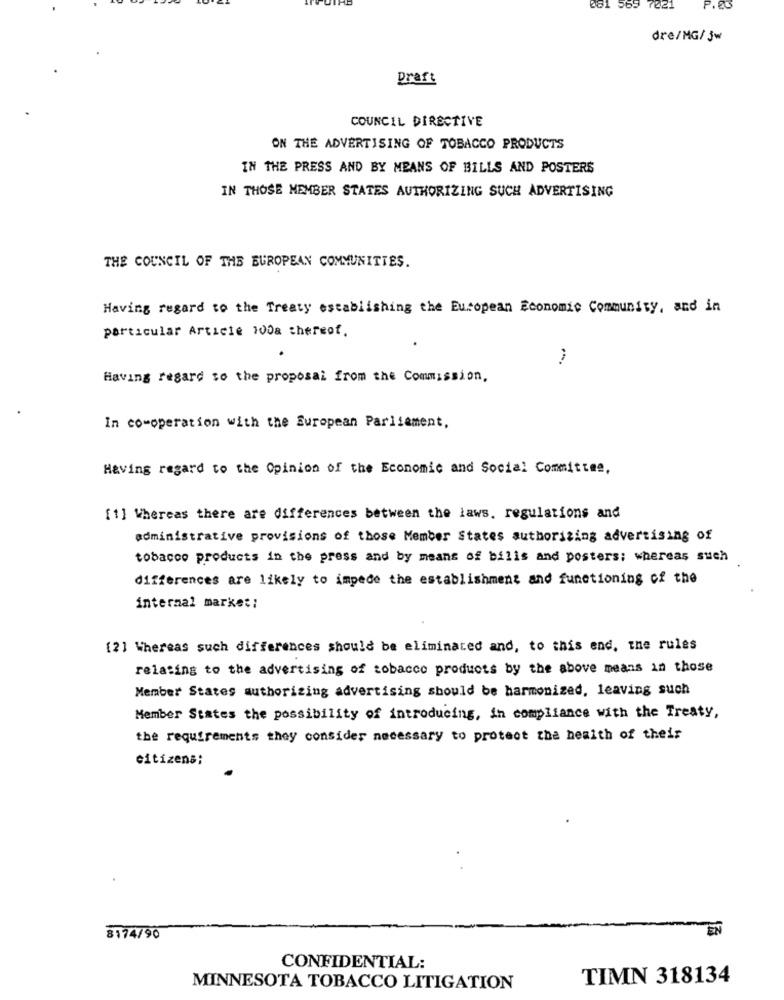
081 569 7021
P.85
dre/MG/ 5w
Draft
COUNCIL DIRECTIVE
ON THE ADVERTISING OF TOBACCO PRODUCTS
IN THE PRESS AND BY MEANS OF BILLS AND POSTERS
IN THOSE MEMBER STATES AUTHORIZING SUCH ADVERTISING
THE COUNCIL OF THE EUROPEAN COMMUNITIES.
Having regard to the Treaty establishing the European Economic Community, and in
particular Article 1008 thereof.
Having regard to the proposal from the Commission,
In co-operation with the European Parliament,
Having regard to the Opinion of the Economic and Social Committee,
[1] Whereas there are differences between the laws, regulations and
administrative provisions of those Member States authorizing advertising of
tobacco products in the press and by means of bills and posters; whereas such
differences are likely to impede the establishment and functioning of the
internal market:
[2] Whereas such differences should be eliminated and, to this end, the rules
relating to the advertising of tobacco products by the above means in those
Member States authorizing advertising should be harmonized, leaving such
Member States the possibility of introducing, in compliance with the Treaty,
the requirements they consider necessary to protect the health of their
citizens;
EN
8174/90
CONFIDENTIAL:
TIMN 318134
MINNESOTA TOBACCO LITIGATION